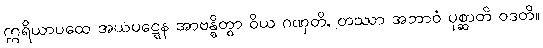
ဣရိယာပထေ အယပဋ္ဋေန အာဗန္ဓိတွာ ဝိယ ဂဏှတိ, တဿာ အဘာဝံ ပုစ္ဆာတိ ဝဒတိ။